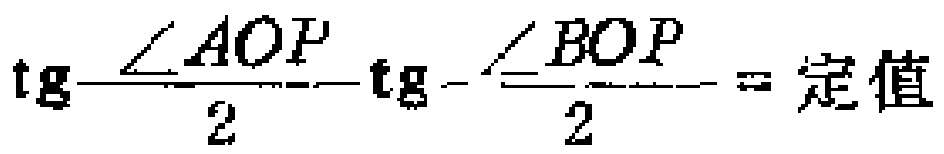
$\text{tg}\dfrac{\angle AOP}{2}\text{tg}\dfrac{\angle BOP}{2} = \text{定值}$